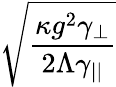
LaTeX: \sqrt{\frac{\kappa g^{2}\gamma_{\perp}}{2\Lambda\gamma_{||}}}